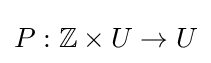
P:\mathbb {Z} \times U\to U